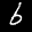
Digit: 6